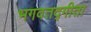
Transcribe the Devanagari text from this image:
भगवतद्गीता